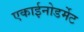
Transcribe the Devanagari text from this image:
एकाईनोडर्मेट